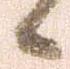
候